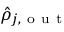
\hat { \rho } _ { j , \mathrm { ~ o ~ u ~ t ~ } }